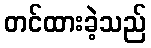
တင်ထားခဲ့သည်